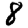
Digit: 8